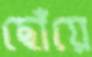
ছোঁয়ে